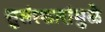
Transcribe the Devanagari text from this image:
सुसंस्कारांमुळे